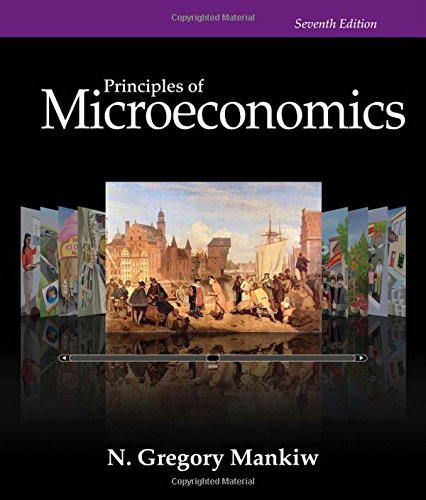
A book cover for Principles of Microeconomics, 7th Edition; N. Gregory Mankiw; Education & Teaching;